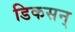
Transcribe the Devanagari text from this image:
डिकसन्